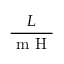
\frac { L } { \textrm { m H } }